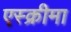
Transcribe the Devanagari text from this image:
एस्क्रीमा